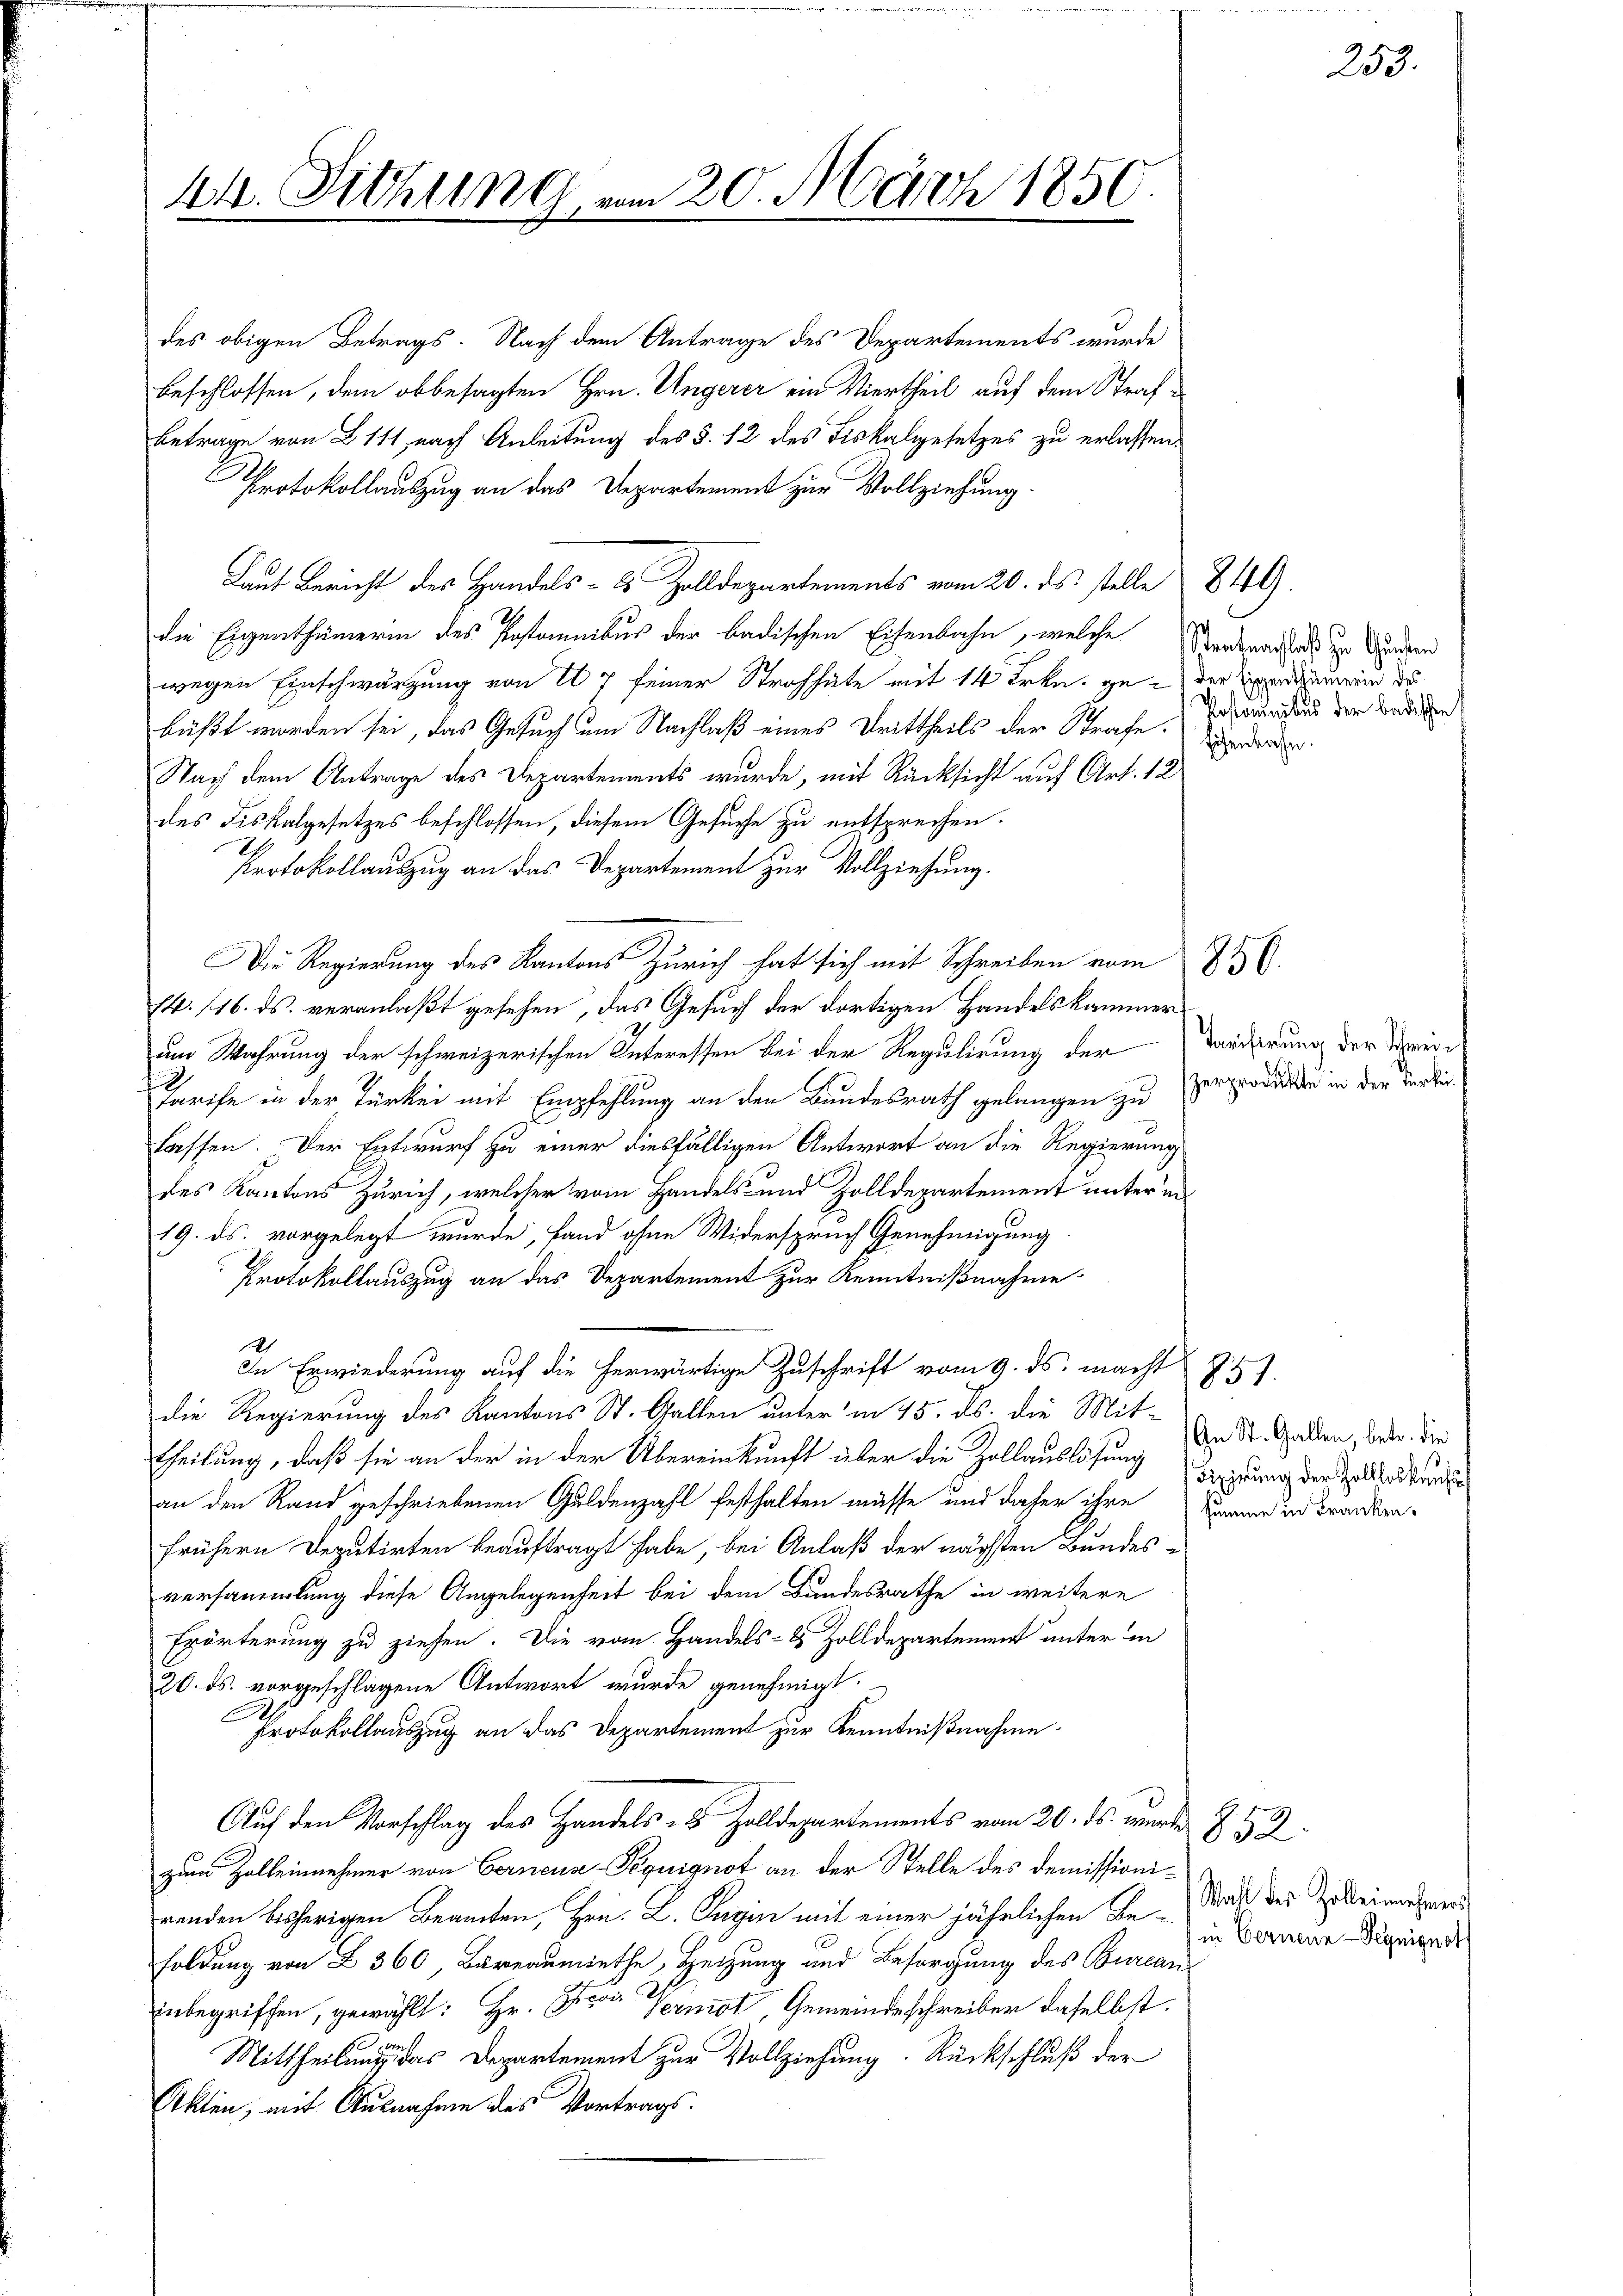
44. Sitzune

des obigen Betrags. Nach dem Antrage des Departements wurde
beschlossen, dem obbesagten Hrn. Ungerer ein Viertheil auf dem Straf¬
Betrage von 111 nach Anleitung des §. 12 des Fiskalgesetzes zu erlassen.
Protokollauszug an das Departement zur Vollziehung.
Laut Bericht des Handels- 2 Zolldepartements vom 20. ds stelle 849.
die Eigenthümerin des Pastomnibus der badischen Eisenbahn, welche Werdenartie zu Bundern
wegen Einschwarzung von U 7 seiner Strohhäte mit 14 Frkn. ge - der Expedimerein des
büßt worden sei, das Gesuch um Nachlaß eines Drittheils der Strafe.
Nach dem Antrage des Departements wurde, mit Rücksicht auf Art. 12
des Fiskalgesetzes beschlossen, diesem Gesuche zu entsprechen.
Protokollauszug an das Departement zur Vollziehung.
Die Regierung des Kantons Zürich hat sich mit Schreiben vom
14. 116. ds. veranlaßt gesehen, das Gesuch der dortigen Handelskammer
um Wahrung der schweizerischen Interessen bei der Regulirung der Vorderung der Weige
I
Tarife in der Türkei mit Empfehlung an den Bundesrath gelangen zu erprodukten in der Verbin
lassen. Der Entwurf zu einer diesfälligen Antwort an die Regierung
des Kantons Zürich, welcher vom Handels- und Zolldepartement unter ei¬
19. ds. vorgelegt wurde, fand ohne Widerspruch Genehmigung
Protokollauszug an das Departement zur Kenntnißnahme
In Erwiederung auf die herwärtige Zuschrift vom 9. ds. macht
die Regierung des Kantons St. Gallen unter in 15. ds. die Mit-
theilung, daß sie an der in der Übereinkunft über die Zollauslösung leitung der Zollatur
an den Rand geschriebenen Guldenzahl festhalten müsse und daher ihre Kammen und Frankra-
frühern Deputirten beauftragt habe, bei Anlaß der nächsten Bundesversammlung diese Angelegenheit bei dem Bundesrathe in weitere
Erörterung zu ziehen. Die vom Handels- & Zolldepartement unter in
20. ds. vorgeschlagene Antwort wurde genehmigt.
Protokollauszug an das Departement zur Kenntnißnahme
Auf den Vorschlag des Handels- & Zolldepartements vom 20. ds. wurde Z. 59
zum Zolleinnehmer von Berneuse-Poquignot an der Stelle des Demissionirenden bisherigen Beamten, Hrn. L. Cugin mit einer jährlichen Be- in Vormier Dirigen d
foldung von § 360, Bureaumiethe, Heizung und Besorgung des Burcan
inbegriffen, gewählt: Hr. P. von Vernist, Gemeindeschreiber daselbst.
Mittheilung des Departement zur Vollziehung. Rückschluß der
Akten, mit Ausnahme des Vortrags.

20. März 1850.

Pastomanibus der badischen
Eisenbahn.

850.

253.

1831.
An St. Gallen, betr. die

Wahl des Zolleinnehmers